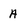
Character: A